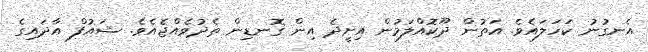
އެނގުނު ކަހަލައެވެ. އަތުން ދޫކޮއްލަމުން އިށީދެ އިން ގޮނޑިން ތެދުވެއްޖެއެވެ. ޝައުފް އާދައިގެ